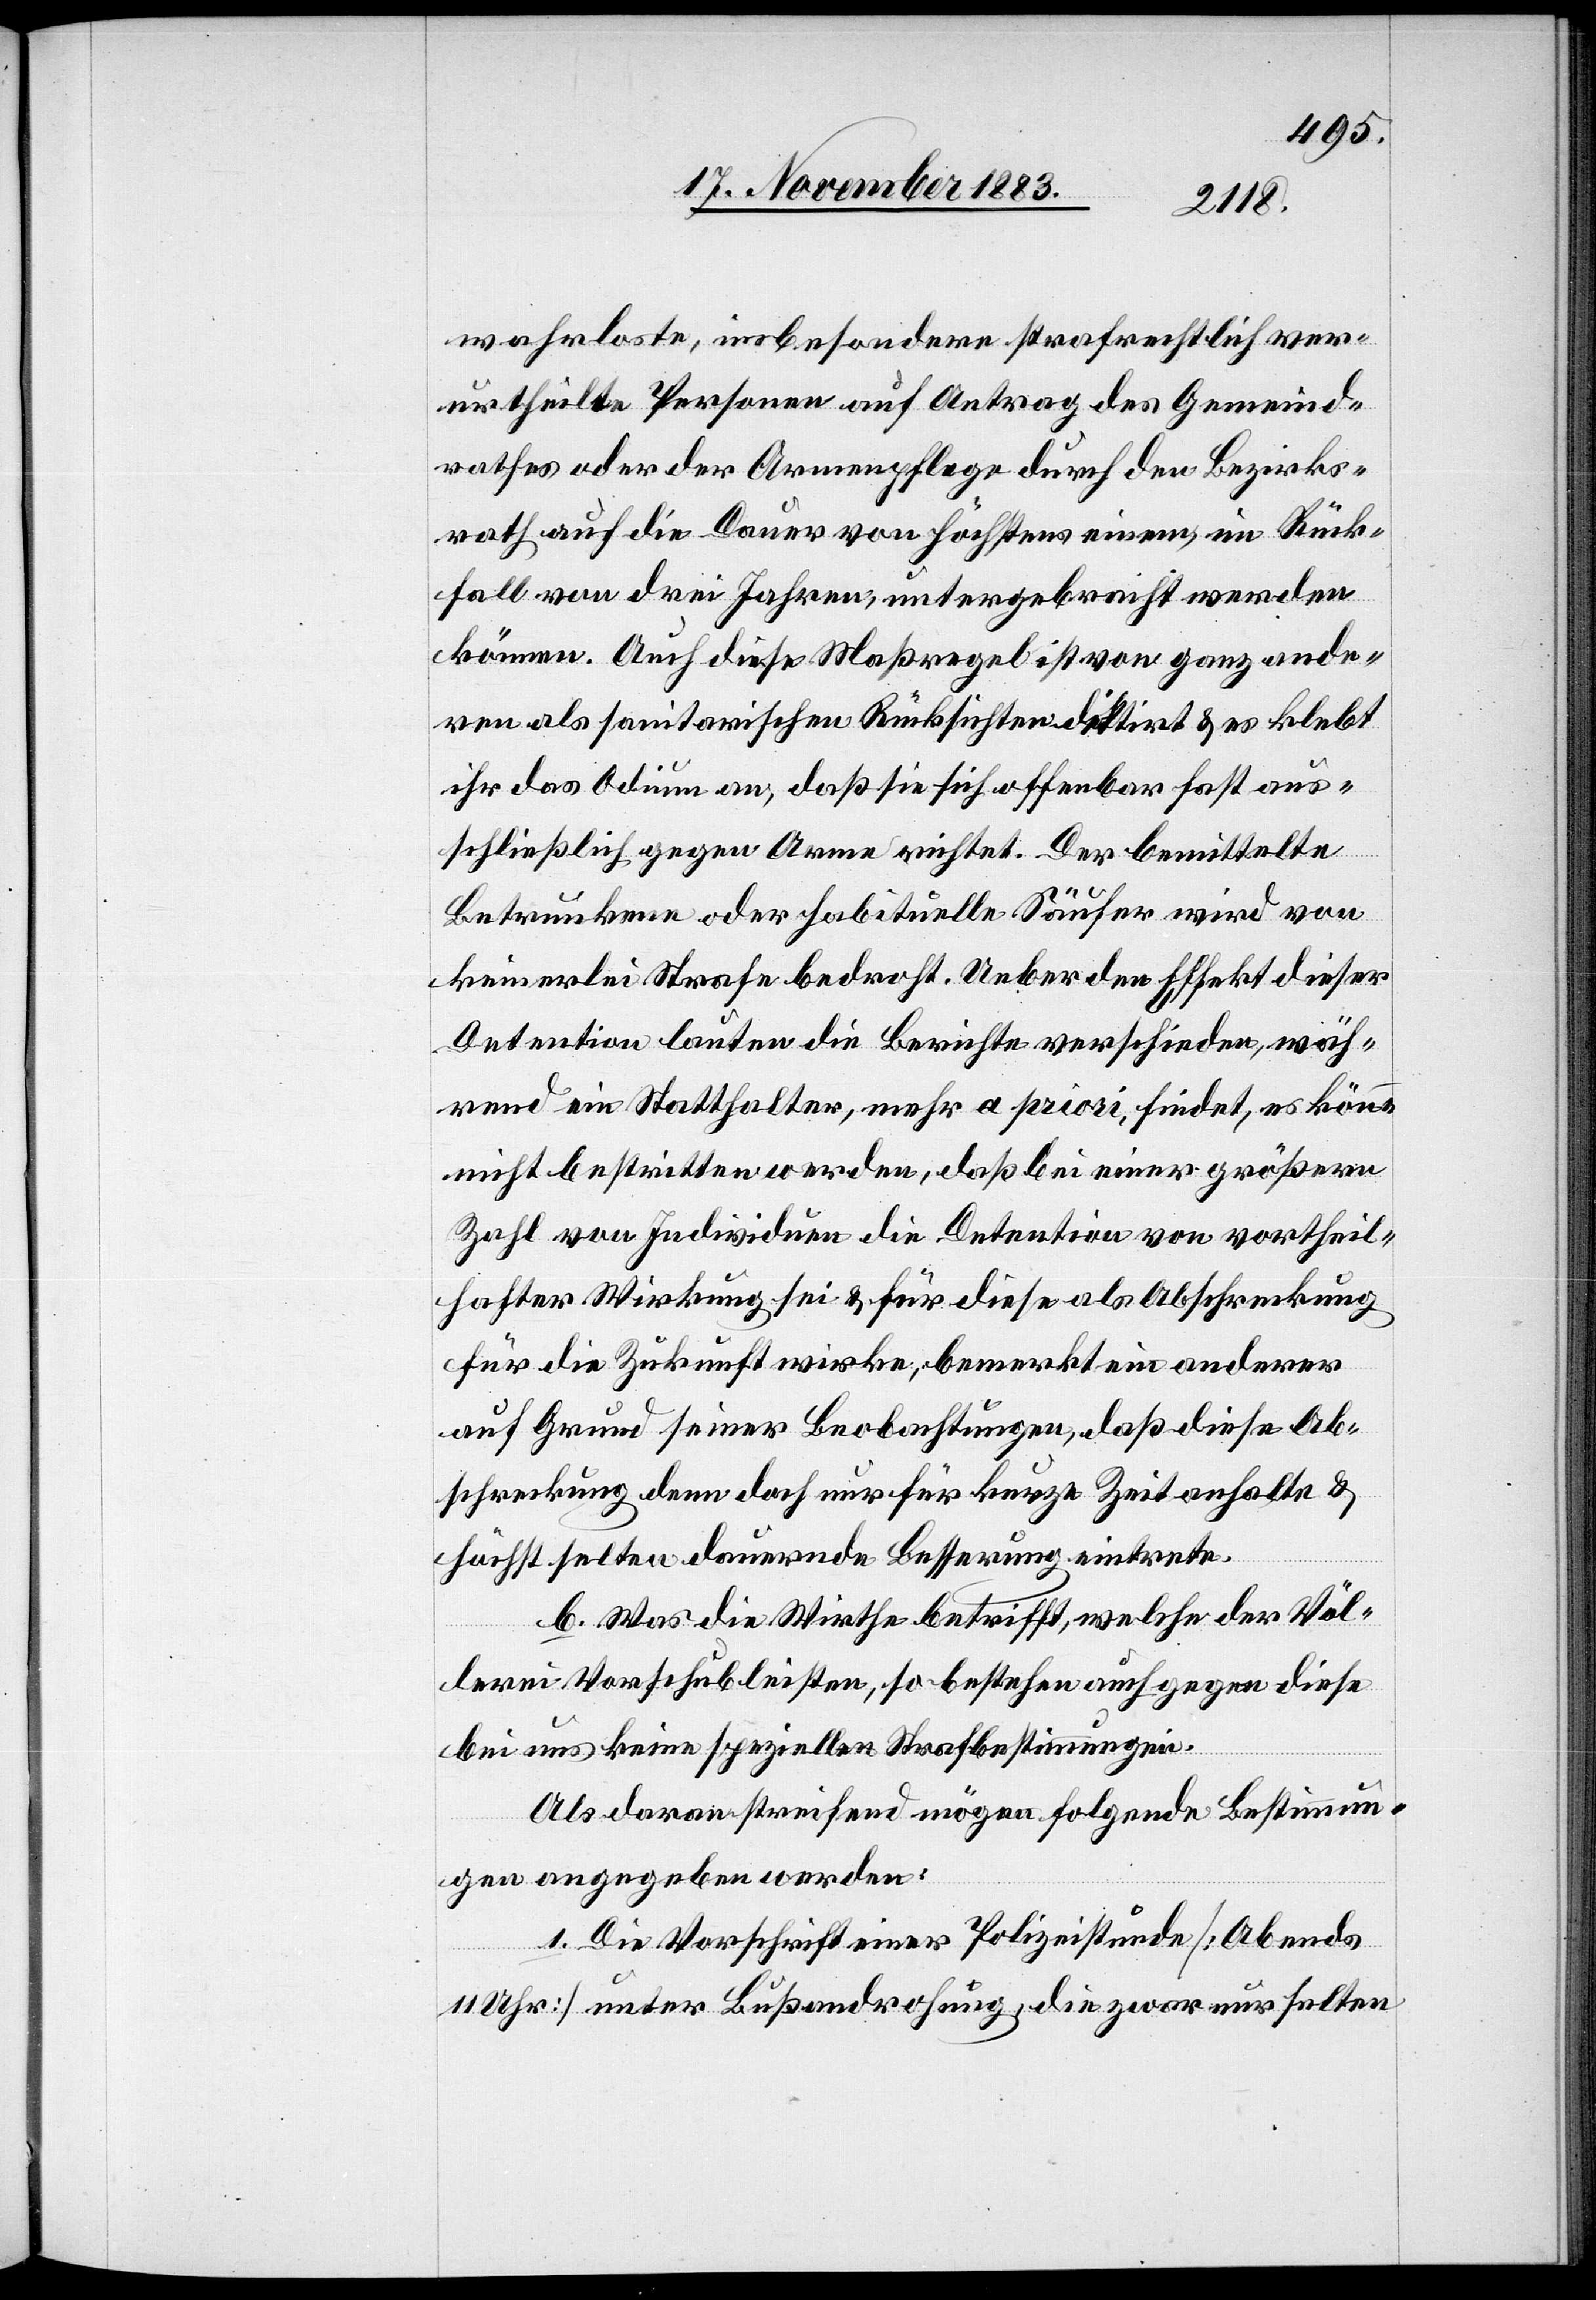
wahrloste, insbesondere strafrechtlich ver¬
urtheilte Personen auf Antrag des Gemeind¬
rathes oder der Armenpflege durch den Bezirks¬
rath auf die Dauer von höchstens einem, im Rück¬
fall von drei Jahren, untergebracht werden
können. Auch diese Maßregel ist von ganz ande¬
rn als sanitarischen Rücksichten dictirt & es klebt
ihr das Odium an, daß sie sich offenbar fast aus¬
schließlich gegen Arme richtet. Der bemittelte
Betrunkene oder habituelle Säufer wird von
keinerlei Strafe bedroht. Ueber den Effekt dieser
Detention lauten die Berichte verschieden, wäh¬
rend ein Statthalter, mehr a priori, findet, es könne
nicht bestritten werden, daß bei einer größern
Zahl von Individuen die Detention von vortheil¬
hafter Wirkung sei & für diese als Abschreckung
für die Zukunft wirke, bemerkt ein anderer
auf Grund seiner Beobachtungen, daß diese Ab¬
schreckung denn doch nur für kurze Zeit anhalte &
höchst selten dauernde Besserung eintrete.
Was die Wirthe betrifft, welche der Völ¬
lerei Vorschub leisten, so bestehen auch gegen diese
bei uns keine speziellen Nachbestimmungen.
Als daran streifend mögen folgende Bestimmun¬
gen angegeben werden:
1. Die Vorschrift einer Polizeistunde [Abends
11 Uhr] unter Bußandrohung, die zwar nur selten